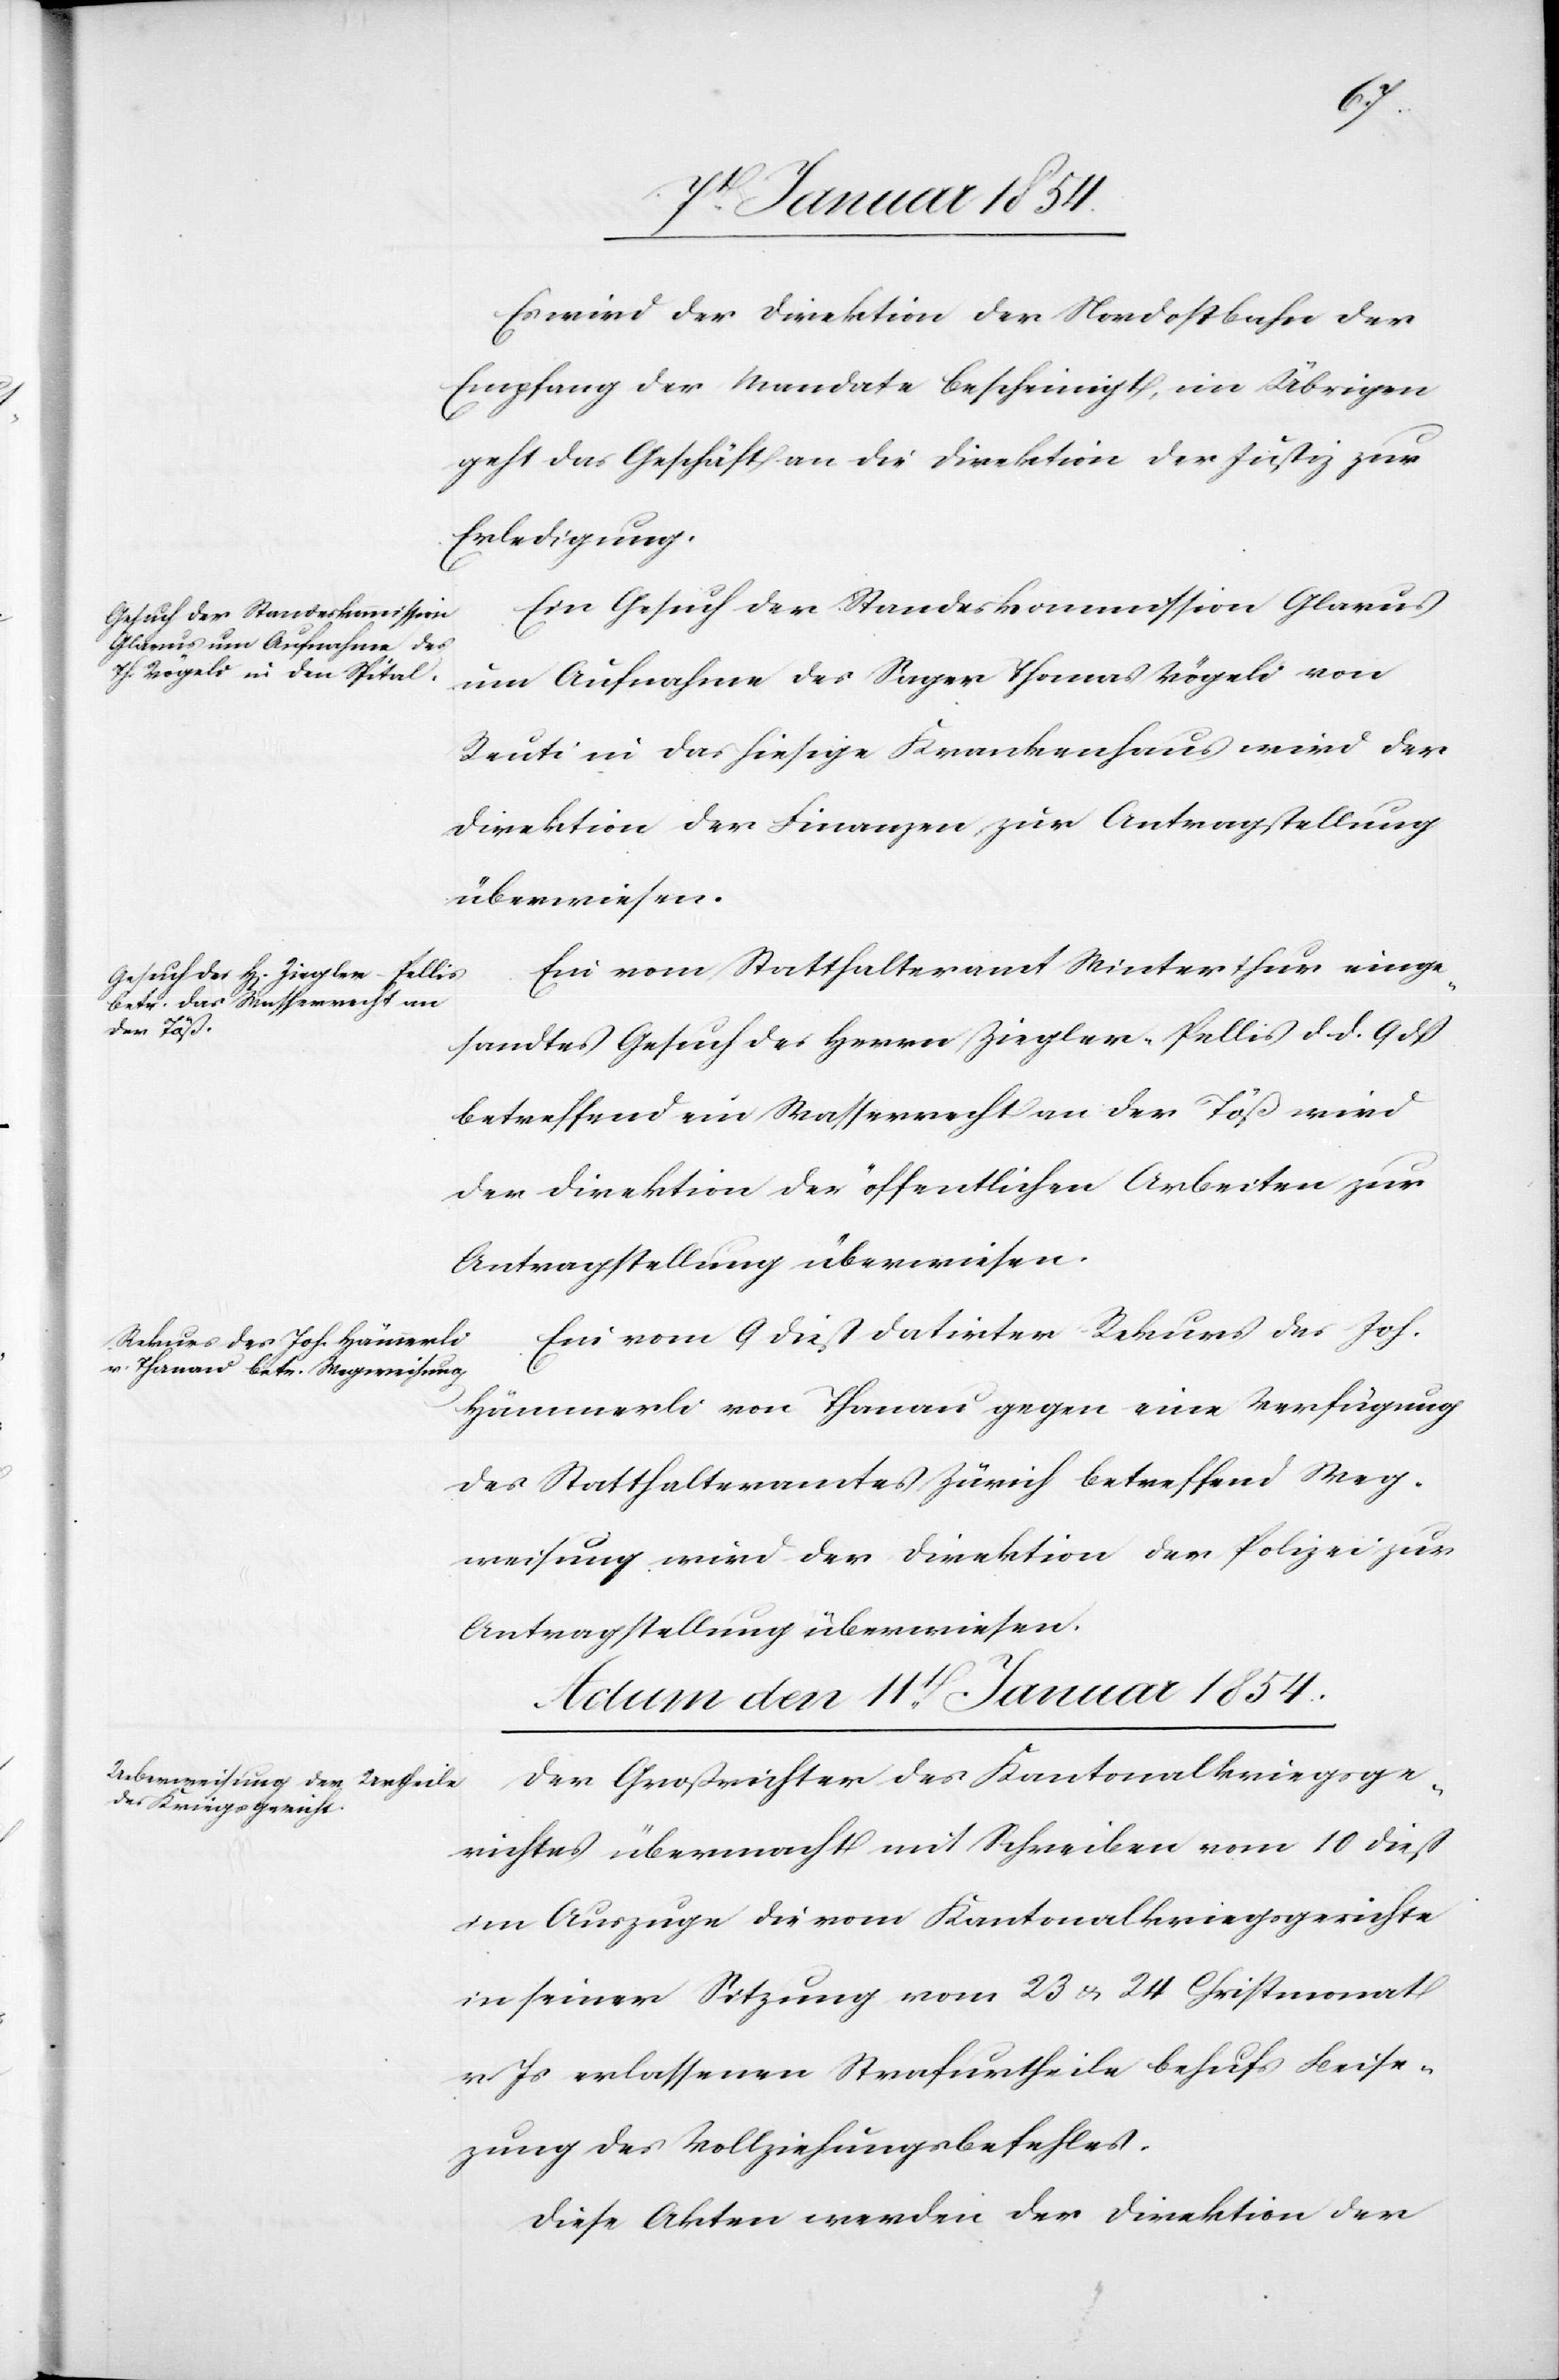
Es wird der Direktion der Nordostbahn der
Empfang der Mandate bescheinigt, im Übrigen
geht das Geschäft an die Direktion der Justiz zur
Erledigung.
Ein Gesuch der Standeskommission Glarus
um Aufnahme des Sager Thomas Vögeli von
Reuti in das hiesige Krankenhaus wird der
Direktion der Finanzen zur Antragstellung
überwiesen.
Ein vom Statthalteramt Winterthur einge¬
sandtes Gesuch des Herrn Ziegler-Pellis d. d. 9 dß
betreffend ein Wasserrecht an der Töß wird
der Direktion der öffentlichen Arbeiten zur
Antragstellung überwiesen.
Ein vom 9 dieß datirter Rekurs des Joh.
Hämmerli von Thanau gegen eine Verfügung
des Statthalteramtes Zürich betreffend Weg¬
weisung wird der Direktion der Polizei zur
Antragstellung überwiesen.
Actum den 11t Januar 1854.
Der Großrichter des Kantonalkriegsge¬
richtes übermacht mit Schreiben vom 10 dieß
im Auszuge die vom Kantonalkriegsgerichte
in seiner Sitzung vom 23 u. 24 Christmonat
v. Js erlassenen Strafurtheile behufs Beise¬
zung des Vollziehungsbefehles.
Diese Akten werden der Direktion der